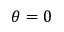
\theta = 0